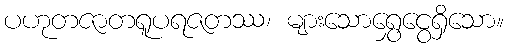
ပဟုတဇာတရူပရဇတဿ၊ များသောရွှေငွေရှိသော။